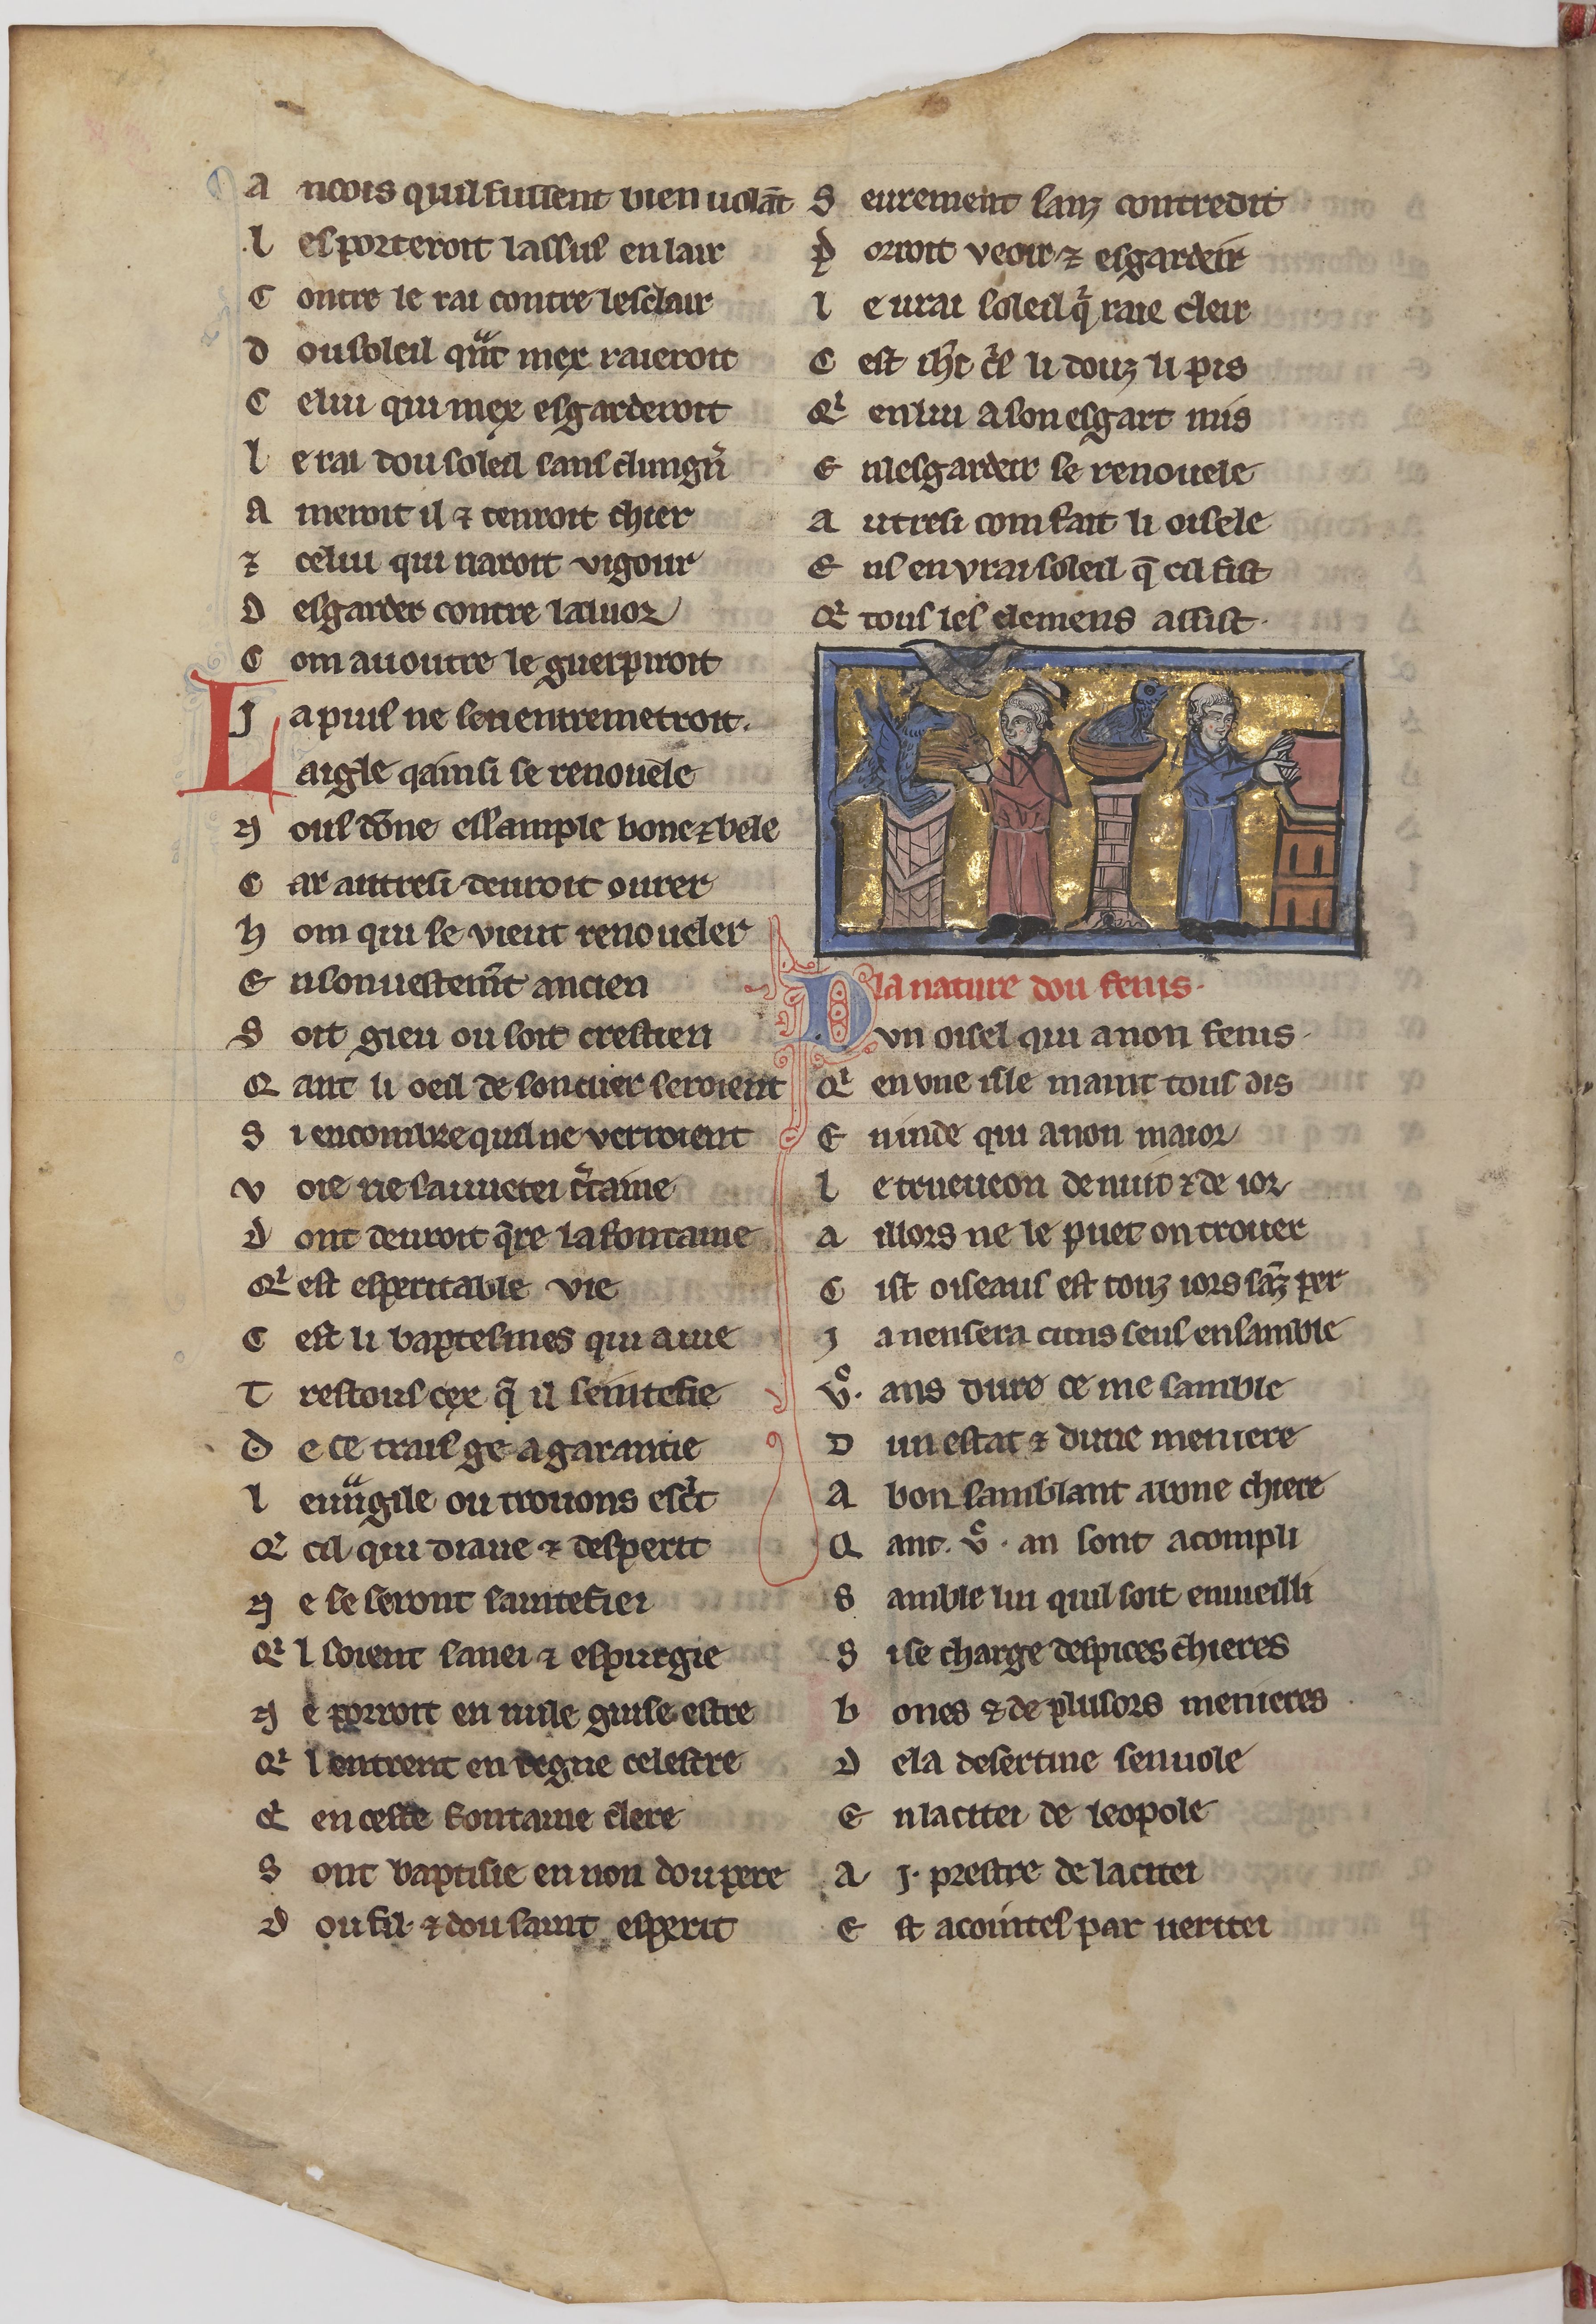
Shelfmark: Paris, BnF, fr. 24428
Century: 13